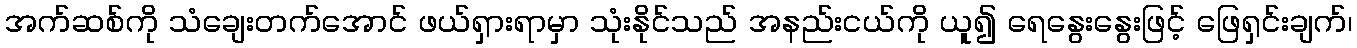
အက်ဆစ်ကို သံချေးတက်အောင် ဖယ်ရှားရာမှာ သုံးနိုင်သည် အနည်းငယ်ကို ယူ၍ ရေနွေးနွေးဖြင့် ဖြေရှင်းချက်၊